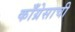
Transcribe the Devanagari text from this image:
काँग्रेसाची